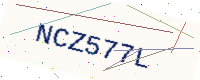
Text: NCZ577L